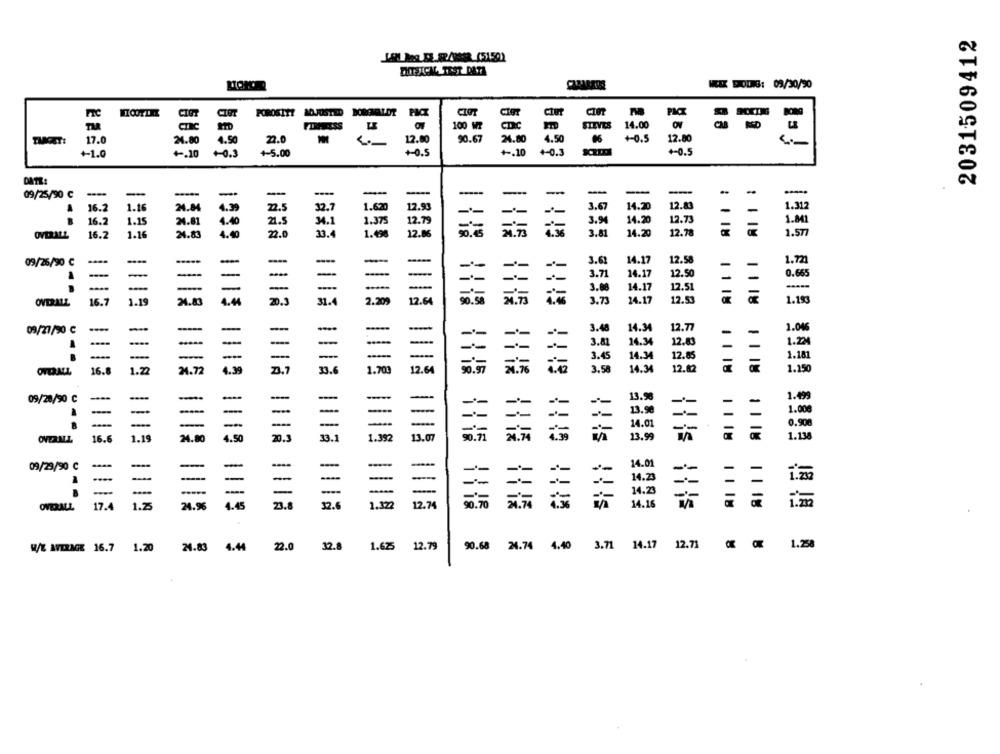
2031509412
LL hoe FER/SR_(5150)
WEEK DODNES: 09/30/90
CIGT
CIBT
POROSITY MOJUSTED BOROMELDT
CIOT
CIET
PMCI
TAR
CTIC
100 MT
CDC
STEVES
14.00
CAB
17.0
24.80
4.50
22.0
12.80
90.67
24.80
4.50
+0.5
12.80
+ -. 10
+-0.3
+-0.5
+1.0
4.10
+0.5
+-5.00
+0.5
DATE:
09/25/90 C
--
-
-
-
----
-
-
14.20
16.2
1.16
24.84
4.39
22.5
32.7
1.620
12.93
3.67
12.81
-
1.312
1.375
12.79
14.20
12.73
1.841
16.2
1.15
24.81
4.40
21.5
34.1
3.94
16.2
1.16
24.83
4.40
22.0
33.4
1.498
12.06
30.45
3.81
14.20
12.78
1.577
OVERALL
09/26/90 C
-
3.62
14.17
12.58
-
1.721
-
-
-
14.17
12.50
0.665
-
-
-
3.71
-
-
14.17
12.51
-----
3.00
OVERALL
16.7
1.19
24.83
4.44
20.3
31.4
2.209
12.64
3.73
24.17
12.53
1.193
09/27/90 C
-
-
3.48
14.34
12.77
1.046
1.224
-
3.81
14.34
12.83
----
-
12.85
1.181
-
-
3.4
14.34
4.39
23.7
33.6
1.703
12.64
3.58
14.34
12.82
1.150
OVERALL
16.8
1.22
34.72
09/20/50 C
-
-
13.98
1.499
--
-
-
---
-
-
-
13.90
1.00€
-
-
-
--
14.01
0.90€
1.19
24.80
4.50
20.3
33.1
1.392
13.07
13.99
1.13
OVERML
16.6
1 115
09/29/90 C
-
-
14.01
-
--
--
- -
---.
-
-
14.23
-
-
--
-
-
-
=
14.2
17.4
1.75
24.96
4.45
23.8
32.6
1.322
12.74
90.70
14.16
im
OVERALL
W/E AVERAGE 16.7 1.20 24.83 4.44
22.0
32.8
1.625 12.79
90.68 24.74 4.40 3.71 14.17
12.71 0 0 1.258